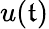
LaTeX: u(\mathfrak{t})